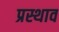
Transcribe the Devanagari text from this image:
प्रस्थाव